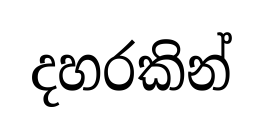
දහරකින්